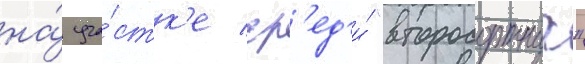
на́ уча́стк'е ср'ед'и́ "второсортных"